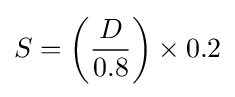
S=\left({\frac {D}{0.8}}\right)\times 0.2